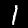
Digit: 1